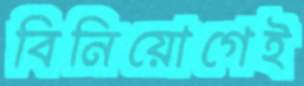
বিনিয়োগেই